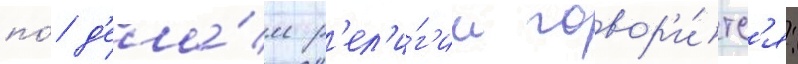
по́ д'ела́м р'ел'и́г'ии говор'и́тс'я: